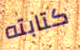
كتابته